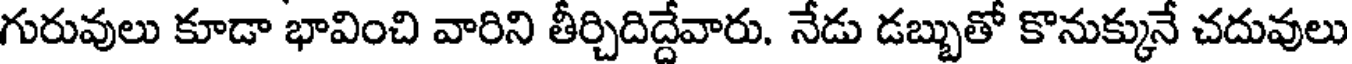
గురువులు కూడా భావించి వారిని తీర్చిదిద్దేవారు. నేడు డబ్బుతో కొనుక్కునే చదువులు